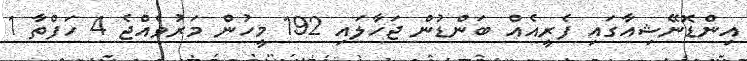
އިންޑޮނޭޝިއާގައި ފެރީއެއް ބަންޑުން ޖަހާލައި 192 މީހުން މަރުވެއްޖެ 4 ހަފްތާ 1